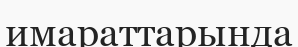
имараттарында